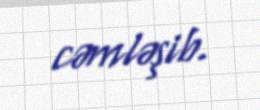
cəmləşib.